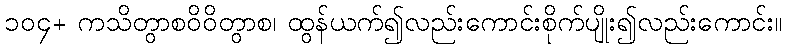
၁၀၄+ ကသိတွာစဝိဝိတွာစ၊ ထွန်ယက်၍လည်းကောင်းစိုက်ပျိုး၍လည်းကောင်း။